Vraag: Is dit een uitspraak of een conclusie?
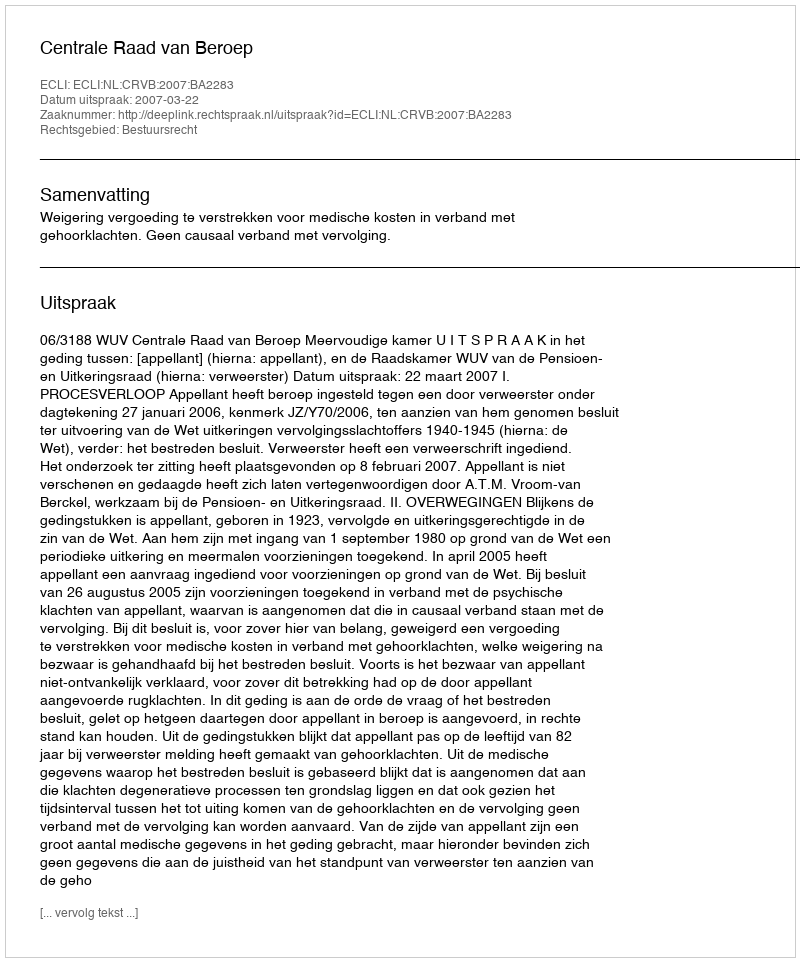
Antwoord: Uitspraak